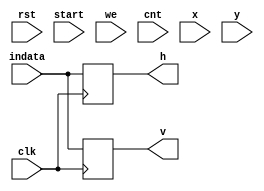
`timescale 1ns / 1ps
//////////////////////////////////////////////////////////////////////////////////
// Company: 
// Engineer: 
// 
// Design Name: 
// Module Name: Sarray
// Project Name: 
// Target Devices: 
// Tool Versions: 
// Description: 
// 
// Dependencies: 
// 
// Revision:
// Revision 0.01 - File Created
// Additional Comments:
// 
//////////////////////////////////////////////////////////////////////////////////


module Sarray#(parameter W=8,pix=5*5, dim=32)(
input clk, rst, start, we,
input [W-1:0] indata, 
input [9:0] cnt,
input [6:0]x,y,

output reg [W-1:0] h, v);



reg [W-1:0] p00,p01,p02, p03, p04, p10,p11,p12,p13,p14,p20,p21,p22,p23,p24,p30,p31,p32,p33,p34,p40,p41,p42,p43,p44;
wire [15:0] temp;
//assign temp = 2*x+1+ y*(dim+1);
assign temp = x+1+ y*dim;
always@(posedge clk) begin
    v<= indata;
    h<= indata;  
    if(start==0) begin
        p00<=0; p01<=0; p02<=0;  p03<=0;  p04<=0;  p10<=0; p11<=0; p12<=0; p13<=0; p14<=0; p20<=0; p21<=0; p22<=0; p23<=0; p24<=0; p30<=0; p31<=0; p32<=0; p33<=0; p34<=0; p40<=0; p41<=0; p42<=0; p43<=0; p44<=0;     end else begin
        if(x>1 & cnt== (temp-2)) p20<= indata; 
        if(x>0 & cnt== (temp-1)) p21<= indata; 
        if(cnt== temp) p22<= indata;
        if(x<dim-1 & cnt== (temp+1)) p23<= indata;
        if(x<dim-2 & cnt== (temp+2)) p24<= indata;
        
        if(x>1 & y>0 & cnt== (temp-dim-2)) p10<= indata; 
        if(x>0 & y>0 & cnt== (temp-dim-1)) p11<= indata; 
        if(x>=0 & y>0 & cnt== (temp-dim)) p12<= indata;
        if(x<dim-1 & y>0 & cnt== (temp-dim+1)) p13<= indata;
        if(x<dim-2 & y>0 & cnt== (temp-dim+2)) p14<= indata;
        
        if(x>1 & y>1 & cnt== (temp-dim*2-2)) p00<= indata; 
        if(x>0 & y>1 & cnt== (temp-dim*2-1)) p01<= indata; 
        if(x>=0 & y>1 & cnt== (temp-dim*2)) p02<= indata;
        if(x<dim-1 & y>1 & cnt== (temp-dim*2+1)) p03<= indata;
        if(x<dim-2 & y>1 & cnt== (temp-dim*2+2)) p04<= indata;
        
        if(x>1 & y<=dim-2 & cnt== (temp+dim-2)) p30<= indata; 
        if(x>0 & y<=dim-2 & cnt== (temp+dim-1)) p31<= indata; 
        if(x>=0 & y<=dim-2 & cnt== (temp+dim)) p32<= indata;
        if(x<dim-1 & y<=dim-2 & cnt== (temp+dim+1)) p33<= indata;
        if(x<dim-2 & y<=dim-2 & cnt== (temp+dim+2)) p34<= indata;
        
        if(x>1 & y<dim-2 & cnt== (temp+dim*2-2)) p40<= indata; 
        if(x>0 & y<dim-2 & cnt== (temp+dim*2-1)) p41<= indata; 
        if(x>=0 & y<dim-2 & cnt== (temp+dim*2)) p42<= indata;
        if(x<dim-1 & y<dim-2 & cnt== (temp+dim*2+1)) p43<= indata;
        if(x<dim-2 & y<dim-2 & cnt== (temp+dim*2+2)) p44<= indata;
    end
    
    
end

//wghtRAM RAM(.clk(clk), .rst(rst), .we(we), .start(start), .write_complete(write_complete), .data(data), .weight_bank(wght));

endmodule